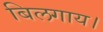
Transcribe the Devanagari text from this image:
बिलगाय।